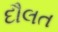
દૌલત